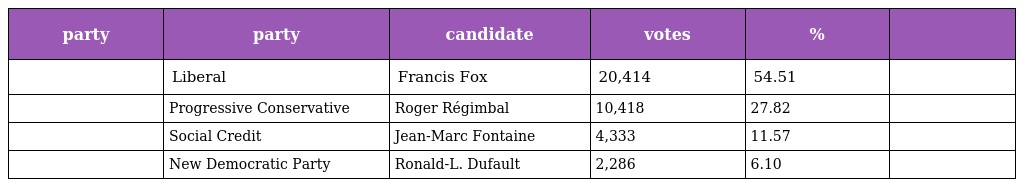
| party | party | candidate | votes | % |  |
 | --- | --- | --- | --- | --- | --- |
 |  | Liberal | Francis Fox | 20,414 | 54.51 |  |
 |  | Progressive Conservative | Roger Régimbal | 10,418 | 27.82 |  |
 |  | Social Credit | Jean-Marc Fontaine | 4,333 | 11.57 |  |
 |  | New Democratic Party | Ronald-L. Dufault | 2,286 | 6.10 |  |